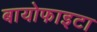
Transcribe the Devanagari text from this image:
बायोफाइटा